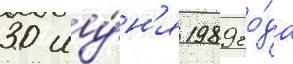
30 иу́н'я 1989 го́да